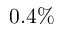
0 . 4 \%